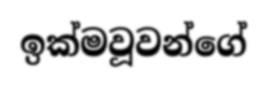
ඉක්මවූවන්ගේ